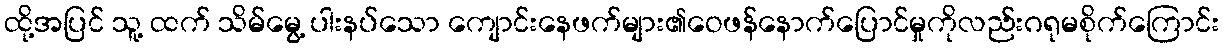
ထို့အပြင် သူ့ ထက် သိမ်မွေ့ ပါးနပ်သော ကျောင်းနေဖက်များ၏ဝေဖန်နောက်ပြောင်မှုကိုလည်းဂရုမစိုက်ကြောင်း